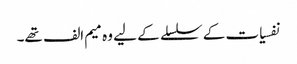
نفسیات کے سلسلے کے لیے وہ میم الف تھے۔